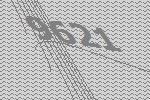
9621